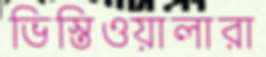
ভিস্তিওয়ালারা